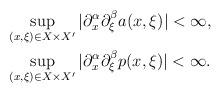
LaTeX: \begin{align*}\begin{aligned}&\sup_{(x,\xi)\in X\times X'}|\partial_x^\alpha\partial_\xi^\beta a(x,\xi)|<\infty,\\&\sup_{(x,\xi)\in X\times X'}|\partial_x^\alpha\partial_\xi^\beta p(x,\xi)|<\infty.\end{aligned}\end{align*}